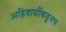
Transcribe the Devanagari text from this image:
अहिवासींकडूनच